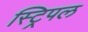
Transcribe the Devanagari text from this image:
स्ट्रिपल